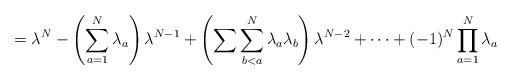
LaTeX: \begin{align*}=\lambda^N-\left( \sum_{a=1}^N \lambda_a\right)\lambda^{N-1}+\left( \sum\sum_{b<a}^N \lambda_a\lambda_b\right)\lambda^{N-2}+\dots+(-1)^N \prod_{a=1}^N\lambda_a\end{align*}